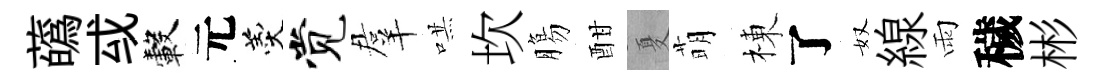
蘤㦯轂元羹觉羣哄坎膓酣夏萌棟了奴線雨穢彬